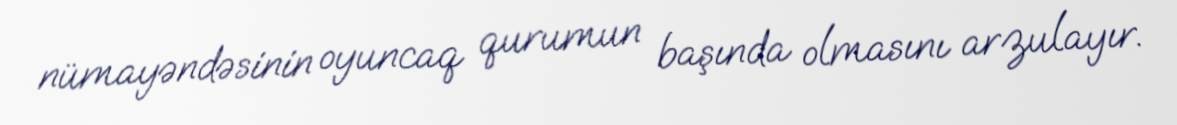
nümayəndəsinin oyuncaq qurumun başında olmasını arzulayır.